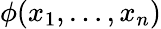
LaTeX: \phi(x_{1},\ldots,x_{n})